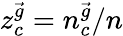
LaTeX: z_{c}^{\vec{g}}=n_{c}^{\vec{g}}/n